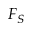
F _ { S }